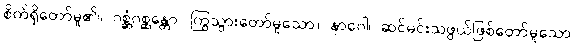
စိတ်ရှိတော်မူ၏။ ဂစ္ဆံဂစ္ဆန္တော၊ ကြွသွားတော်မူသော။ နာဂေါ၊ ဆင်မင်းသဖွယ်ဖြစ်တော်မူသော